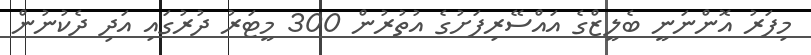
މިފަރު އޮންނަނީ ބެލީޒްގެ އައްސޭރިފަށުގެ އުތުރުން 300 މީޓަރު ދުރުގައި އަދި ދެކުނުން